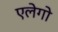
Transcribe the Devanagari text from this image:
एलेगो